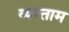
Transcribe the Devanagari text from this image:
व्यस्ताम